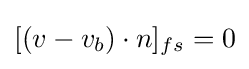
[(v-v_{b})\cdot n]_{fs}=0